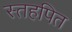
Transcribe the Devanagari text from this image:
स्तहपित